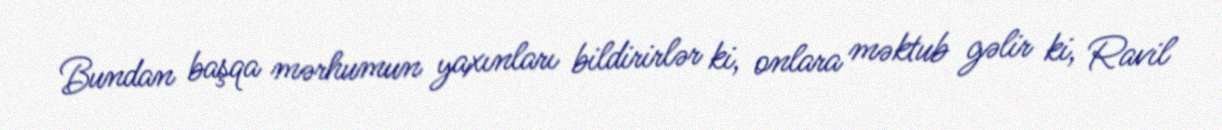
Bundan başqa mərhumun yaxınları bildirirlər ki, onlara məktub gəlir ki, Ravil